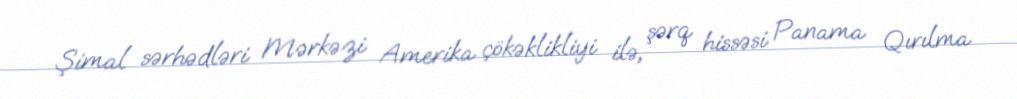
Şimal sərhədləri Mərkəzi Amerika çökəklikliyi ilə, şərq hissəsi Panama Qırılma